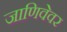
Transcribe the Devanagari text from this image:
जाणिवेवर